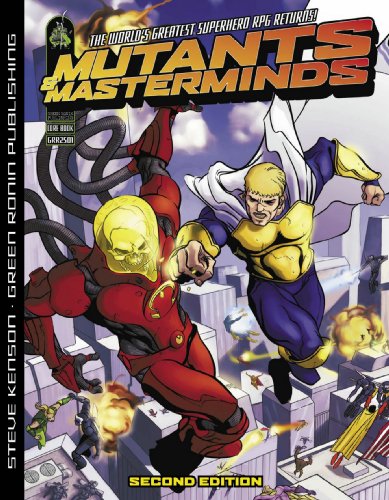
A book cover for Mutants and Masterminds 2nd Edition; Steve Kenson; Science Fiction & Fantasy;